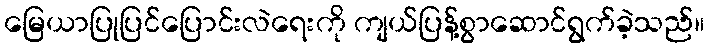
မြေယာပြုပြင်ပြောင်းလဲရေးကို ကျယ်ပြန့်စွာဆောင်ရွက်ခဲ့သည်။